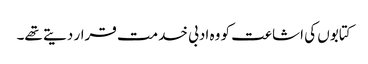
کتابوں کی اشاعت کو وہ ادبی خدمت قرار دیتے تھے۔